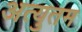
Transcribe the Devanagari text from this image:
अत्युतम